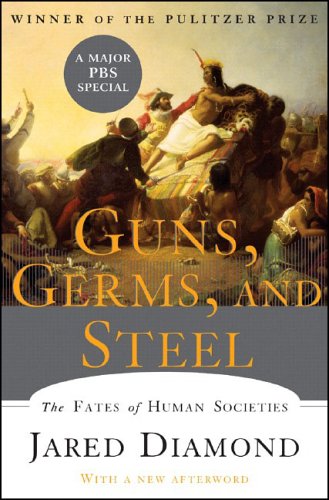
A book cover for Guns, Germs, and Steel: The Fates of Human Societies; Jared Diamond; Science & Math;